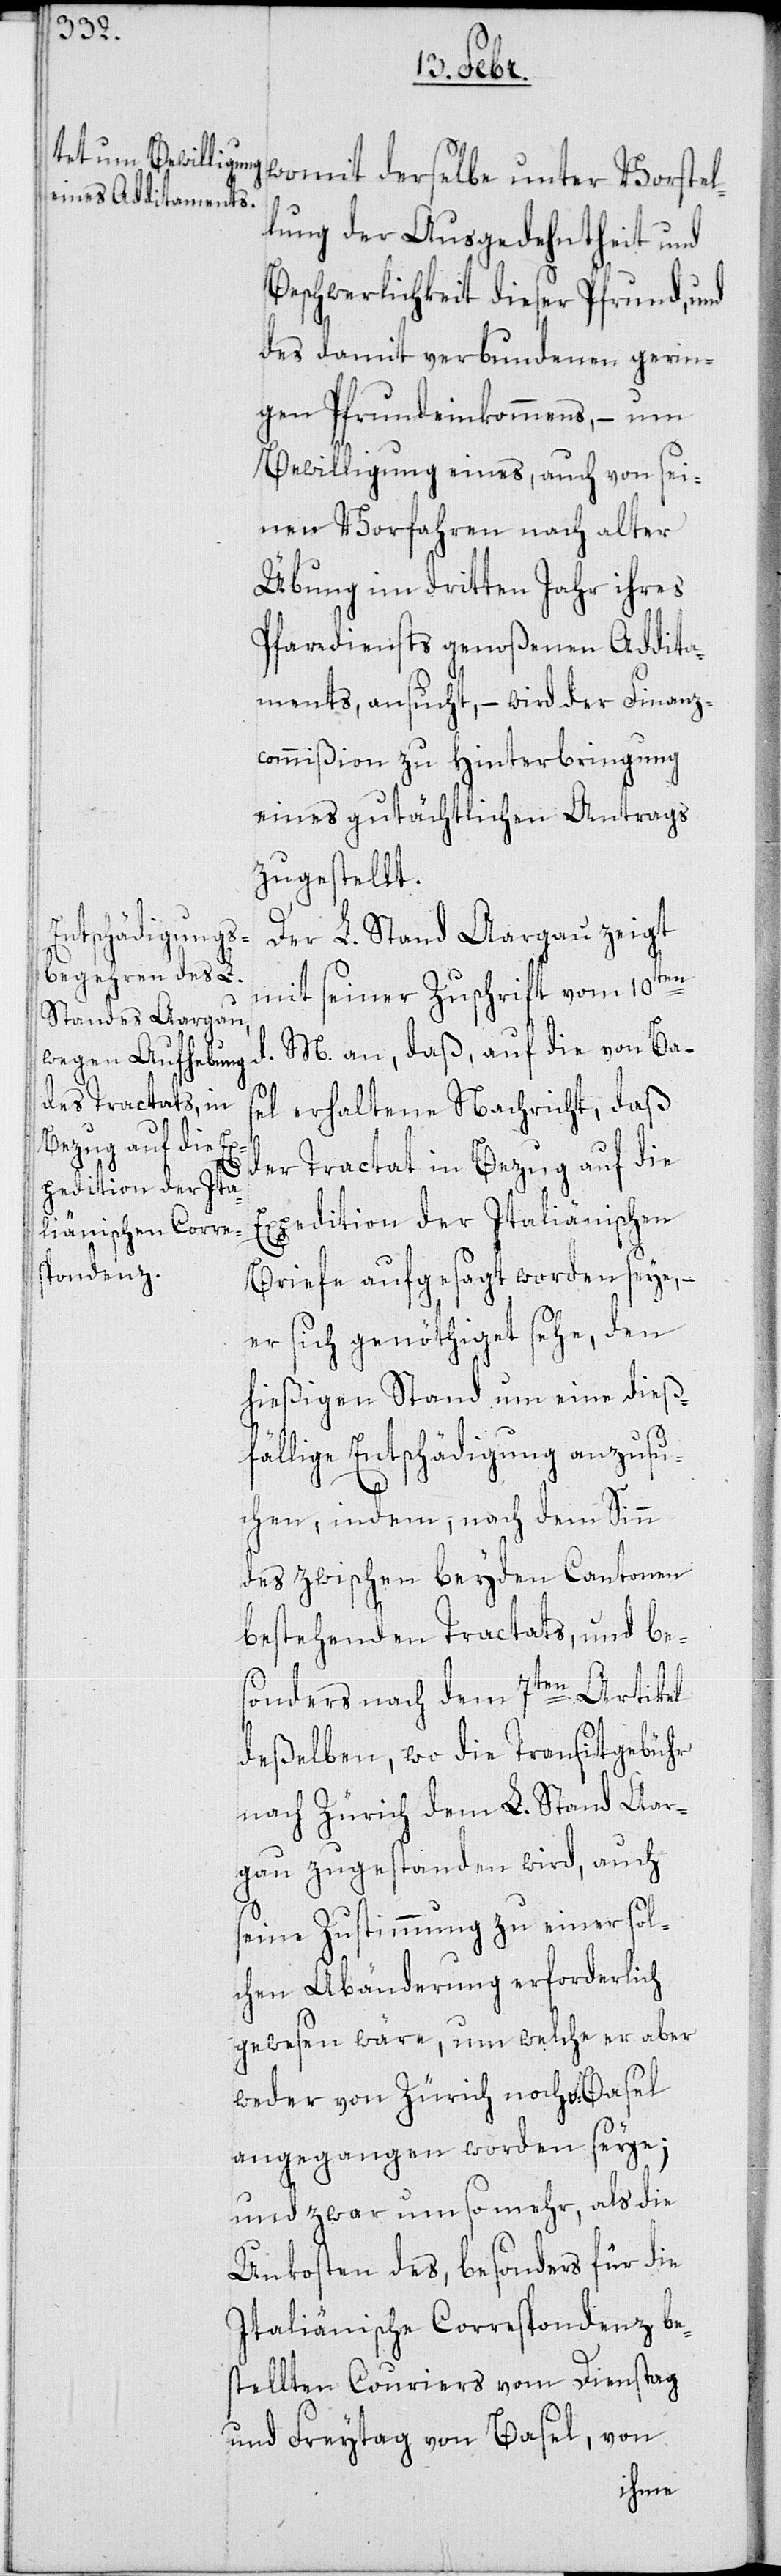
womit derselbe unter Vorstel¬
lung der Ausgedehntheit und
Beschwerlichkeit dieser Pfrund, und
des damit verbundenen gerin¬
gen Pfrundeinkommens, – um
Bewilligung eines, auch von sei¬
nen Vorfahren nach alter
Übung im dritten Jahr ihres
Pfarrdiensts genoßenen Addita¬
ments ansucht, – wird der Finanz¬
commißion zu Hinterbringung
eines gutächtlichen Antrags
zugestellt.
Der L. Stand Aargau zeigt
mit seiner Zuschrift vom 10ten
d. M. an, daß, auf die von Ba¬
sel erhaltene Nachricht, daß
der Tractat in Bezug auf die
Expedition der Italiänischen
Briefe aufgesagt worden seye, –
er sich genötihget sehe, den
hießigen Stand um eine dieß¬
fällige Entschädigung anzusu¬
chen, indem, nach dem Sinn
des zwischen beyden Cantonen
bestehenden Tractats, und be¬
sonders nach dem 7ten Artikel
deßelben, wo die Transitgebühr
nach Zürich dem L. Stand Aar¬
gau zugestanden wird, auch
seine Zustimmung zu einer sol¬
chen Abänderung erforderlich
gewesen wäre, um welche er aber
weder von Zürich noch Basel
angegangen worden seye;
und zwar um so mehr, als die
Unkosten des, besonders für die
iItaliänische Correspondenz be¬
stellten Couriers vom Dienstag
und Freytag von Basel, von